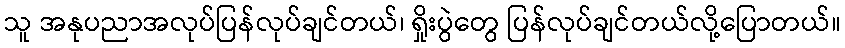
သူ အနုပညာအလုပ်ပြန်လုပ်ချင်တယ်၊ ရှိုးပွဲတွေ ပြန်လုပ်ချင်တယ်လို့ပြောတယ်။